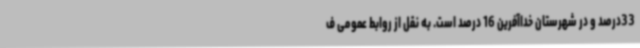
33درصد و در شهرستان خداآفرین 16 درصد است. به نقل از روابط عمومی ف